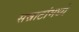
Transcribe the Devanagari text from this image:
सम्राटांमध्ये